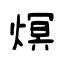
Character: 熐